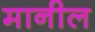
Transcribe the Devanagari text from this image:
मानील